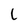
Character: L